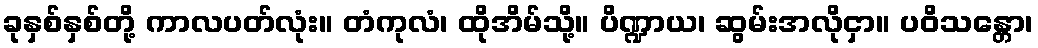
ခုနှစ်နှစ်တို့ ကာလပတ်လုံး။ တံကုလံ၊ ထိုအိမ်သို့။ ပိဏ္ဍာယ၊ ဆွမ်းအလိုငှာ။ ပဝိသန္တော၊